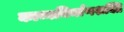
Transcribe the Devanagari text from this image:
काव्यनिर्माणशक्ति